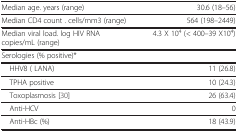
<table><thead><tr><td><b>Median age. years (range)</b></td><td><b>30.6 (18–56)</b></td></tr></thead><tbody><tr><td>Median CD4 count . cells/mm3 (range)</td><td>564 (198–2449)</td></tr><tr><td>Median viral load. log HIV RNA copies/mL (range)</td><td>4.3 X 10<sup>4</sup> (&lt; 400–39 X10<sup>4</sup>)</td></tr><tr><td>Serologies (% positive)*</td><td> </td></tr><tr><td> HHV8 ( LANA)</td><td>11 (26.8)</td></tr><tr><td> TPHA positive</td><td>10 (24.3)</td></tr><tr><td> Toxoplasmosis [30]</td><td>26 (63.4)</td></tr><tr><td> Anti-HCV</td><td>0</td></tr><tr><td> Anti-HBc (%)</td><td>18 (43.9)</td></tr></tbody></table>